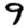
Digit: 9